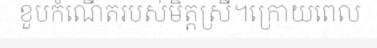
ខួបកំណើតរបស់មិត្តស្រី។ក្រោយពេល